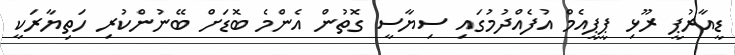
ޑީއާރުޕީ ރޫޅި ޕީޕީއެމް އުފެއްދުމުގައި ސިޔާސީ ގޮތުން އެންމެ ބޮޑަށް ބޭނުންކުރި ހަތިޔާރަކީ